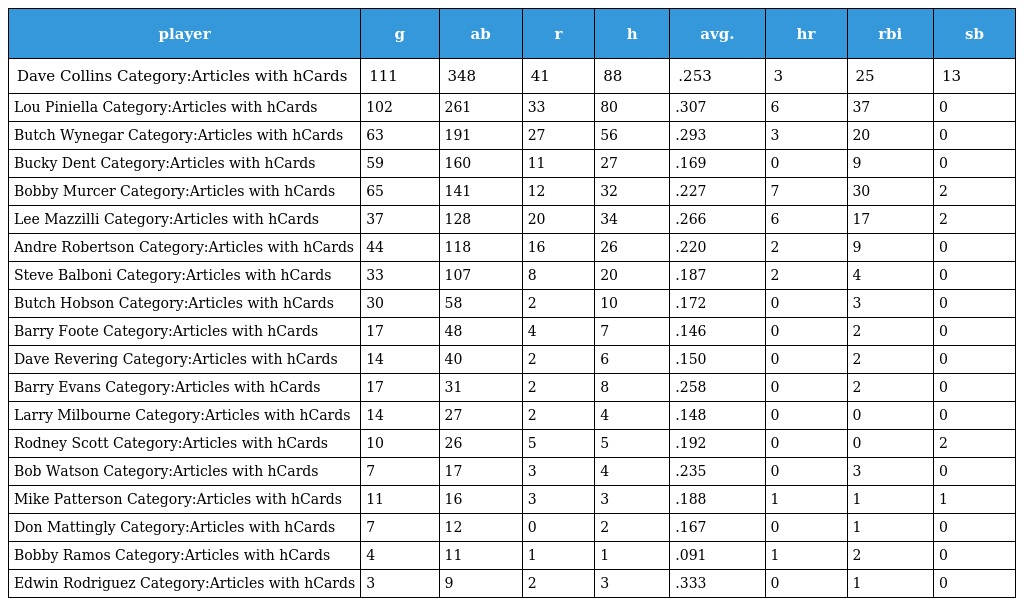
| player | g | ab | r | h | avg. | hr | rbi | sb |
 | --- | --- | --- | --- | --- | --- | --- | --- | --- |
 | Dave Collins Category:Articles with hCards | 111 | 348 | 41 | 88 | .253 | 3 | 25 | 13 |
 | Lou Piniella Category:Articles with hCards | 102 | 261 | 33 | 80 | .307 | 6 | 37 | 0 |
 | Butch Wynegar Category:Articles with hCards | 63 | 191 | 27 | 56 | .293 | 3 | 20 | 0 |
 | Bucky Dent Category:Articles with hCards | 59 | 160 | 11 | 27 | .169 | 0 | 9 | 0 |
 | Bobby Murcer Category:Articles with hCards | 65 | 141 | 12 | 32 | .227 | 7 | 30 | 2 |
 | Lee Mazzilli Category:Articles with hCards | 37 | 128 | 20 | 34 | .266 | 6 | 17 | 2 |
 | Andre Robertson Category:Articles with hCards | 44 | 118 | 16 | 26 | .220 | 2 | 9 | 0 |
 | Steve Balboni Category:Articles with hCards | 33 | 107 | 8 | 20 | .187 | 2 | 4 | 0 |
 | Butch Hobson Category:Articles with hCards | 30 | 58 | 2 | 10 | .172 | 0 | 3 | 0 |
 | Barry Foote Category:Articles with hCards | 17 | 48 | 4 | 7 | .146 | 0 | 2 | 0 |
 | Dave Revering Category:Articles with hCards | 14 | 40 | 2 | 6 | .150 | 0 | 2 | 0 |
 | Barry Evans Category:Articles with hCards | 17 | 31 | 2 | 8 | .258 | 0 | 2 | 0 |
 | Larry Milbourne Category:Articles with hCards | 14 | 27 | 2 | 4 | .148 | 0 | 0 | 0 |
 | Rodney Scott Category:Articles with hCards | 10 | 26 | 5 | 5 | .192 | 0 | 0 | 2 |
 | Bob Watson Category:Articles with hCards | 7 | 17 | 3 | 4 | .235 | 0 | 3 | 0 |
 | Mike Patterson Category:Articles with hCards | 11 | 16 | 3 | 3 | .188 | 1 | 1 | 1 |
 | Don Mattingly Category:Articles with hCards | 7 | 12 | 0 | 2 | .167 | 0 | 1 | 0 |
 | Bobby Ramos Category:Articles with hCards | 4 | 11 | 1 | 1 | .091 | 1 | 2 | 0 |
 | Edwin Rodriguez Category:Articles with hCards | 3 | 9 | 2 | 3 | .333 | 0 | 1 | 0 |